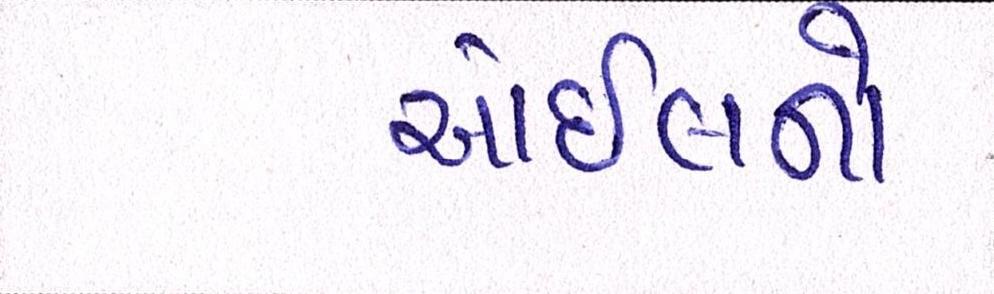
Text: ઓઇલનો